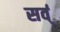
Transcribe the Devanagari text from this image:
सर्व्